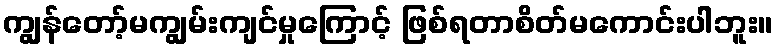
ကျွန်တော့်မကျွမ်းကျင်မှုကြောင့် ဖြစ်ရတာစိတ်မကောင်းပါဘူး။